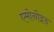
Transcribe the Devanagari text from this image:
एमोनोइड